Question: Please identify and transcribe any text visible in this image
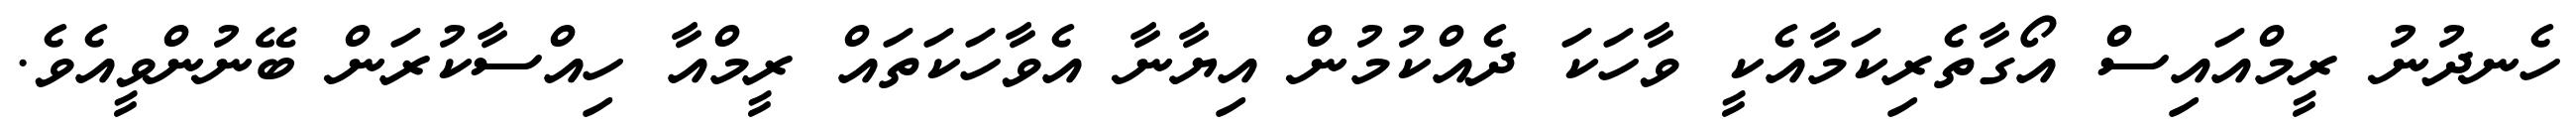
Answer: ހެނދުނު ރީމްއައިސް އޯގާތެރިކަމާއެކީ ވާހަކަ ދެއްކުމުން އިޔާނާ އެވާހަކަތައް ރީމްއާ ހިއްސާކުރަން ބޭނުންވީއެވެ.